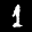
Label: 1